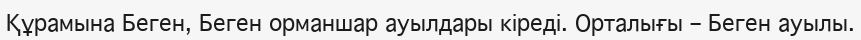
Құрамына Беген, Беген орманшар ауылдары кіреді. Орталығы – Беген ауылы.